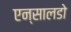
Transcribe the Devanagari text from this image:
एन्सालडो